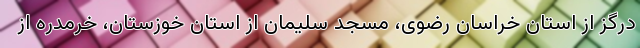
درگز از استان خراسان رضوی، مسجد سلیمان از استان خوزستان، خرمدره از